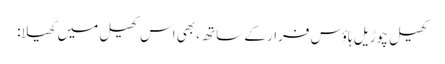
کھیل چوڑیل ہاؤس فرار کے ساتھ، بھی اس کھیل میں کھیلا: